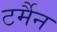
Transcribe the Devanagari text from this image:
टर्मैन